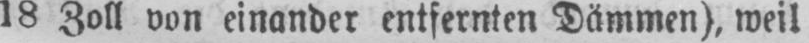
18 Zoll von einander entfernten Dämmen), weil